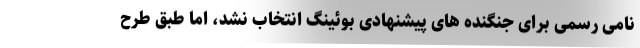
نامی رسمی برای جنگنده های پیشنهادی بوئینگ انتخاب نشد، اما طبق طرح